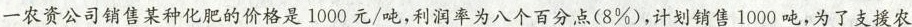
一农资公司销售某种化肥的价格是1000元/吨，利润率为八个百分点(8%)，计划销售1000吨，为了支援农